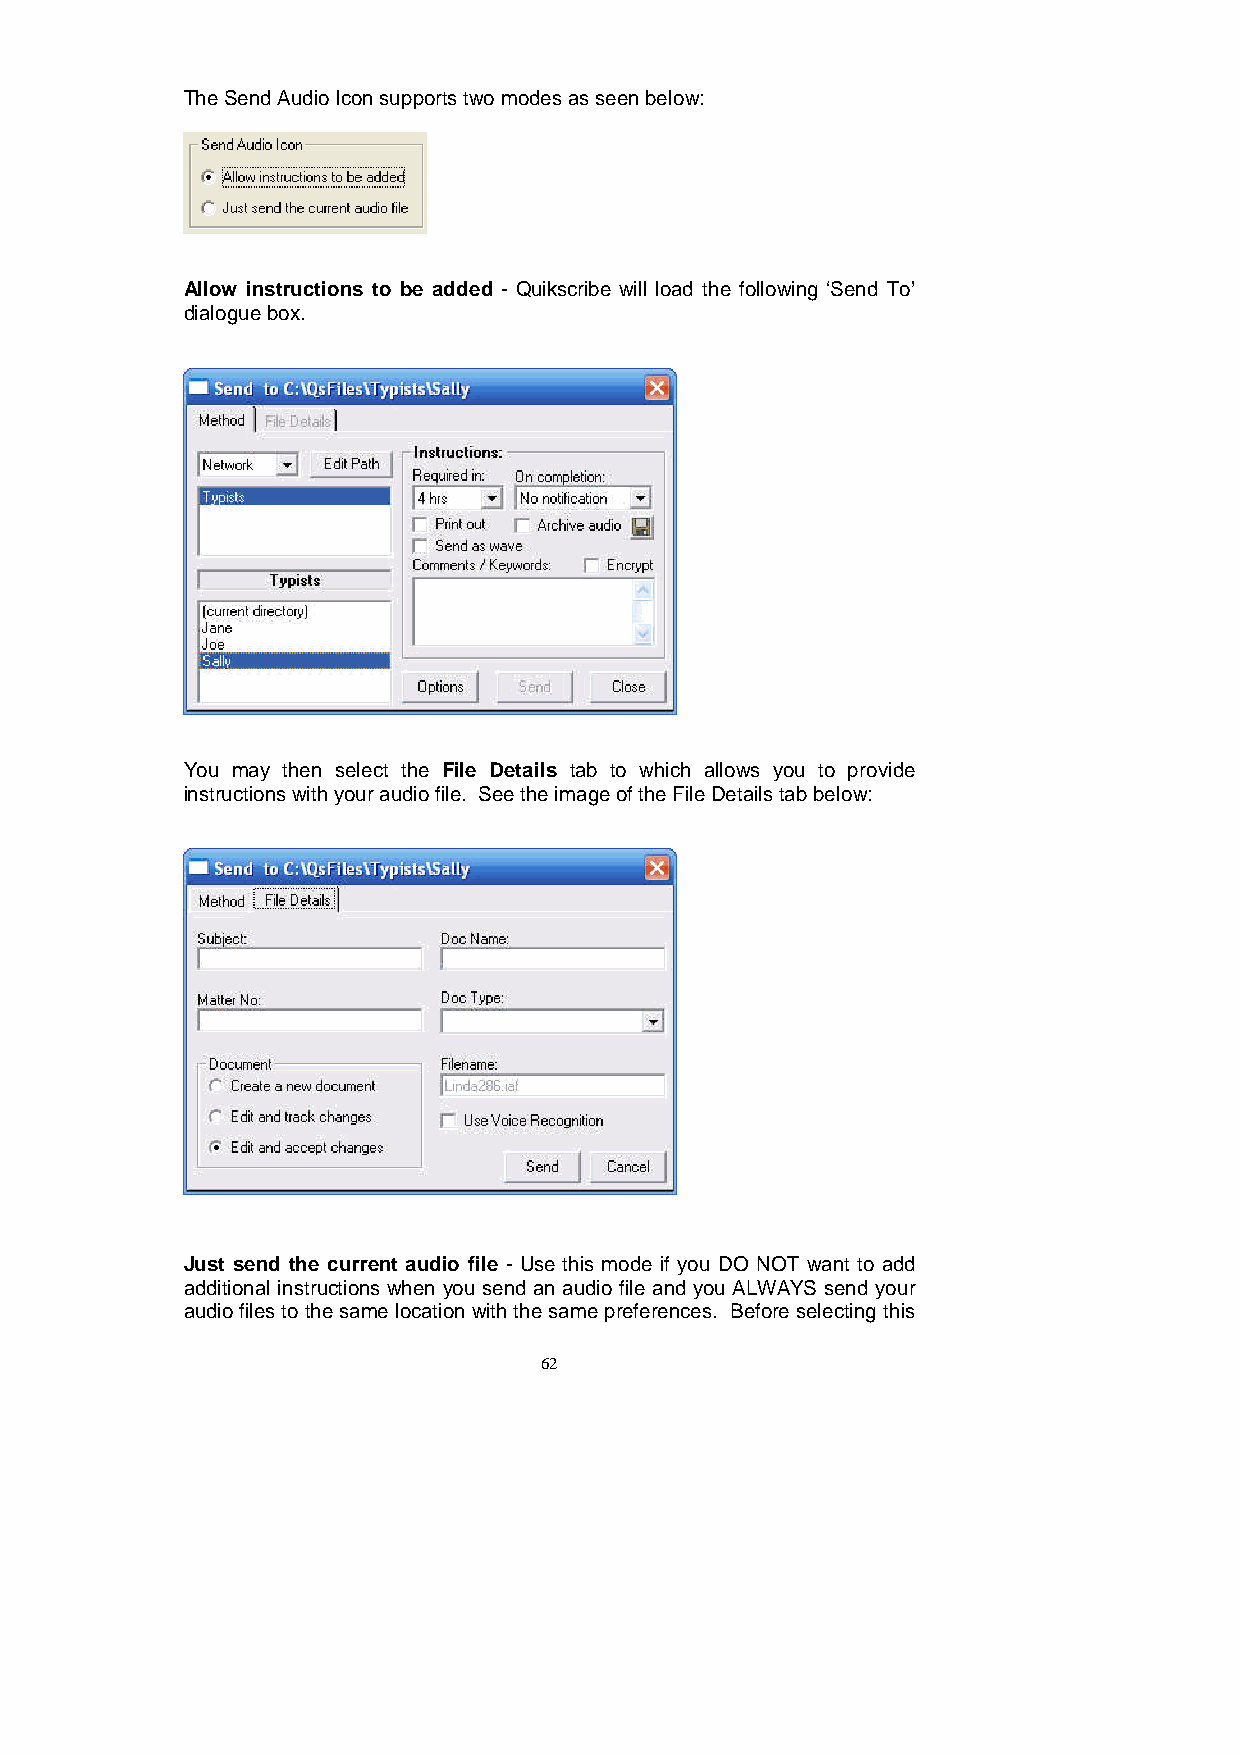
TheSendAudioIconsupportstwomodesasseenbelow:
 Allow instructions to be added - Quikscribe will load the following ‘Send To’
 dialoguebox.
 You may then select the File Details tab to which allows you to provide
 instructionswithyouraudiofile. SeetheimageoftheFileDetailstabbelow:
 Just send the current audio file - Use this mode if you DO NOT want to add
 additional instructions when you send an audio file and you ALWAYS send your
 audiofilestothesame locationwiththesamepreferences. Beforeselectingthis
 62